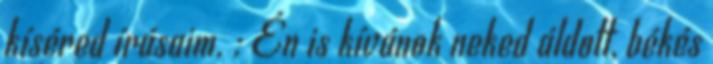
kíséred írásaim. : Én is kívánok neked áldott, békés